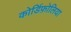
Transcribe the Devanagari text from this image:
कोर्डिफ़ोलिया